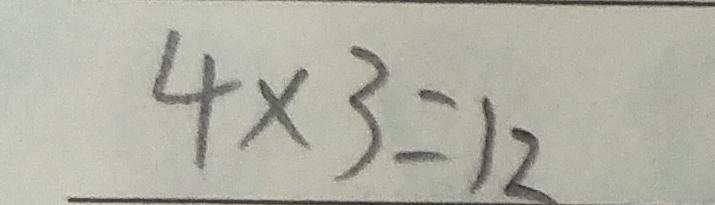
4 \times 3 = 1 2